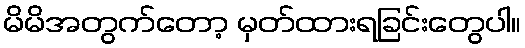
မိမိအတွက်တော့ မှတ်ထားရခြင်းတွေပါ။